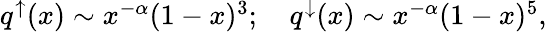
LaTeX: \begin{array}{clcr}{{q^{\uparrow}(x)\sim x^{-\alpha}(1-x)^{3};~~~~q^{\downarrow}(x)\sim x^{-\alpha}(1-x)^{5},}}\end{array}